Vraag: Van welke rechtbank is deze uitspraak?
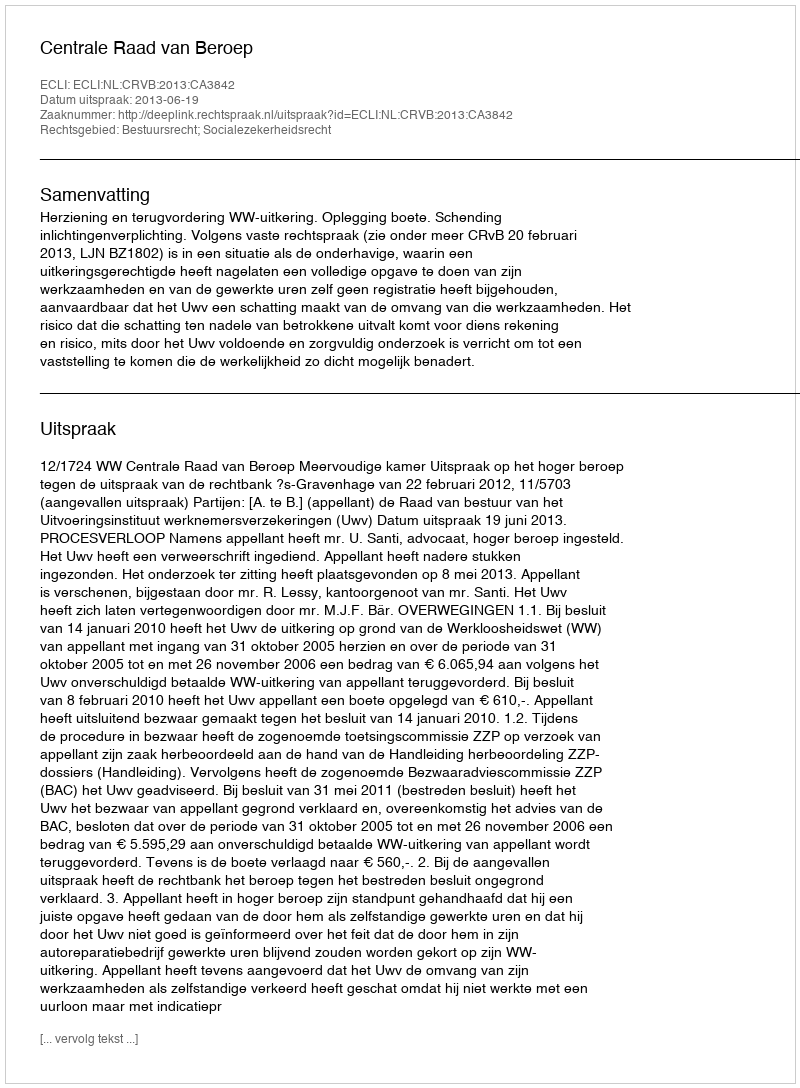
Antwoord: Centrale Raad van Beroep